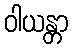
ဝါယန္တာ